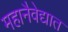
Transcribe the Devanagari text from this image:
महानैवेद्यात